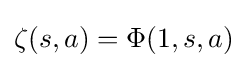
\zeta (s,a)=\Phi (1,s,a)